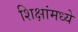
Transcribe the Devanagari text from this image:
शिक्षांमध्ये